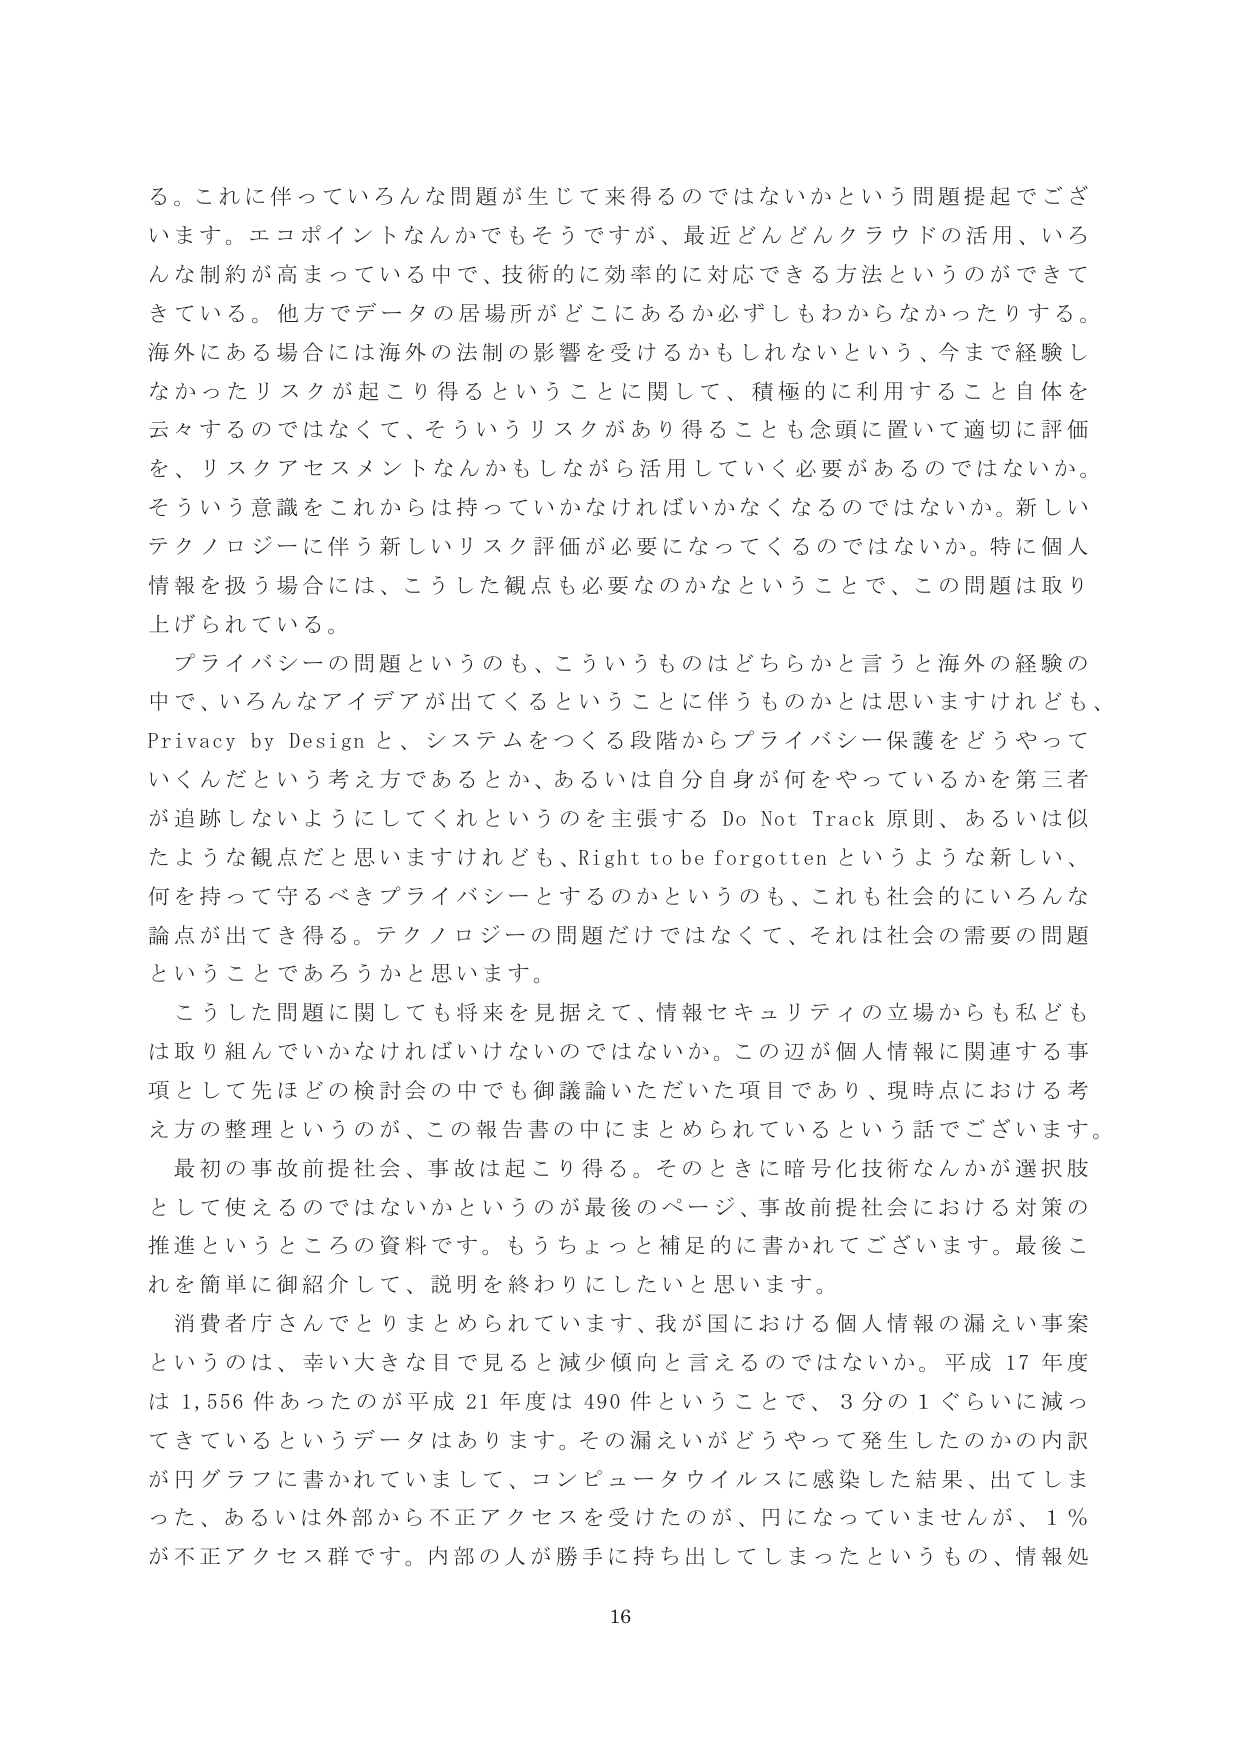
る。これに伴っていろんな問題が生じて来得るのではないかという問題提起でございます。エコポイントなんかでもそうですが、最近どんどんクラウドの活用、いろんな制約が高まっている中で、技術的に効率的に対応できる方法というができてきている。他方でデータの居場所がどこにあるか必ずしもわからなかったりする。海外にある場合には海外の法制の影響を受けるかもしれないという、今まで経験しなかったリスクが起こり得るということに関して、積極的に利用すること自体を云々するのではなくて、そういうリスクがあり得ることも念頭に置いて適切に評価を、リスクアセスメントなんかもしながら活用していく必要があるのではないか。そういう意識をこれからは持っていかなければならないくなるのではないか。新しいテクノロジーに伴う新しいリスク評価が必要になってくるのではないか。特に個人情報を扱う場合には、こうした観点も必要なのかなということで、この問題は取り上げられている。

プライバシーの問題というのも、こういうものはどちらかと言うと海外の経験の中で、いろんなアイデアが出てくるということに伴うものかとは思いますけれども、Privacy by Design と、システムをつくる段階からプライバシー保護をどうやっていくんだという考え方であるとか、あるいは自分自身が何をやっているかを第三者が追跡しないようにしてくれというのを主張する Do Not Track 原則、あるいは似たような観点だと思いますけれども、Right to be forgotten というような新しい、何を持って守るべきプライバシーとするのかというのも、これも社会的にいろんな論点が出てき得る。テクノロジーの問題だけではなくて、それは社会の需要の問題ということであろうかと思います。

こうした問題に関しても将来を見据えて、情報セキュリティの立場からも私どもは取り組んでいかなければならないのではないか。この辺が個人情報に関連する事項として先ほどどの検討会の中でも御議論いただいた項目であり、現時点における考え方の整理というのが、この報告書の中にまとめられているという話でございます。

最初の事故前提社会、事故は起こり得る。そのときに暗号化技術なんかが選択肢として使えるのではないかというのが最後のページ、事故前提社会における対策の推進というところの資料です。もうちょっと補足的に書かれてございます。最後これを簡単に御紹介して、説明を終わりにしたいと思います。

消費者庁さんでとりまとめられています、我が国における個人情報の漏えい事案というのは、幸い大きな目で見ると減少傾向と言えるのではないか。平成17年度は1,556件あったのが平成21年度は490件ということで、3分の1ぐらいに減ってきているというデータはあります。その漏えいがどうやって発生したのかの内訳が円グラフに書かれていまして、コンピュータウイルスに感染した結果、出てしまった、あるいは外部から不正アクセスを受けたのが、円になっていませんが、1％が不正アクセス群です。内部の人が勝手に持ち出してしまうというもの、情報処

16